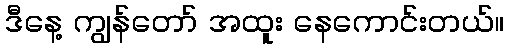
ဒီနေ့ ကျွန်တော် အထူး နေကောင်းတယ်။